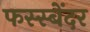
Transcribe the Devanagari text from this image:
फस्स्बेंदर